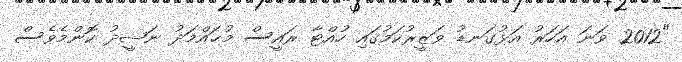
"2012 ވަނަ އަހަރު އަޅުގަނޑު ވަޒީރުކަމުގައި ހުއްޓާ ރައީސް މުޙައްމަދު ނަޝީދު ކޮންމެވެސް